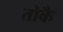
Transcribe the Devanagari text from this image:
तोकै